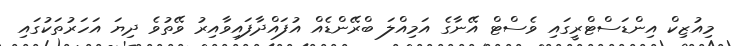
މިއުޒިކް އިންޑަސްޓްރީގައި ވެސްޓް އޭނާގެ އަމިއްލަ ބްރޭންޑެއް އުފައްދާފައިވާއިރު ވޭތުވެ ދިޔަ އަހަރުތަކުގައި